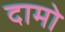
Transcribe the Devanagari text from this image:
दामो